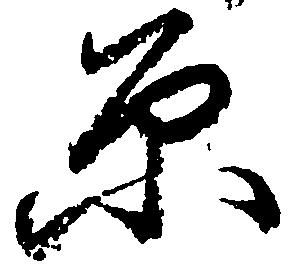
原